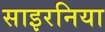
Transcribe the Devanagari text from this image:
साइरनिया